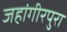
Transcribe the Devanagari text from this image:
जहांगीरपुरा